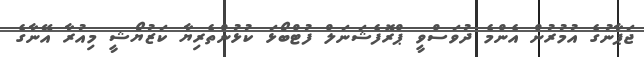
ޖަޕާނުގެ އުމުރުން އެންމެ ދުވަސްވީ ޕްރޮފެޝަނަލް ފުޓްބޯޅަ ކުޅުންތެރިޔާ ކަޒުޔޯޝީ މިއުރާ އޭނާގެ